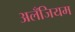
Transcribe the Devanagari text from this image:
अलँजियम